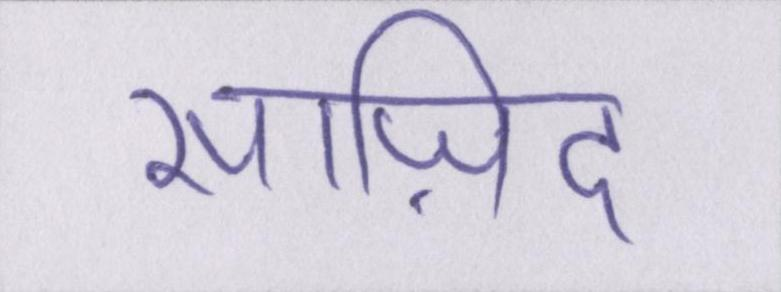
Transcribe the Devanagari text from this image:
साज़िद